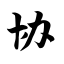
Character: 协